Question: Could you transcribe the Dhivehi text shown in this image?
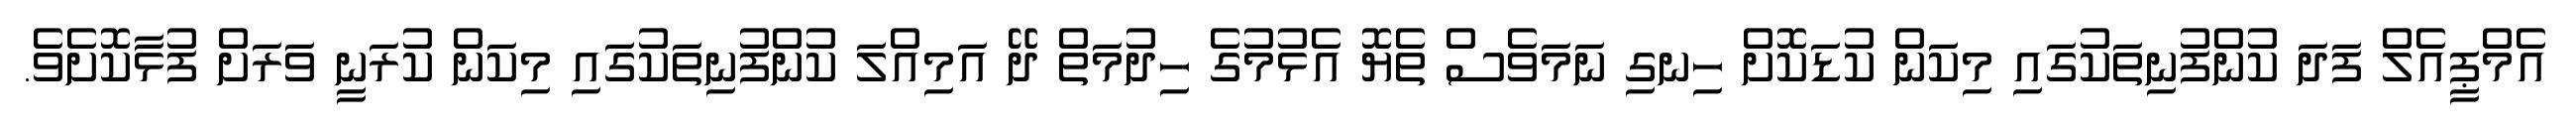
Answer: އެމްޕީއެލް ފަދަ ކުންފުނިތަކުގައި މިކަން ކުޑަކޮށް ހިނގި ނަމަވެސް ތެޔޮ އެޅުމުގެ ހިދުމަތް ދޭ އަމިއްލަ ކުންފުނިތަކުގައި މިކަން ކުރަނީ ވަރަށް ފުޅާކޮށެވެ.